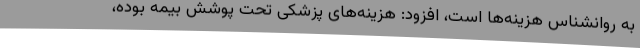
به روانشناس هزینه‌ها است، افزود: هزینه‌های پزشکی تحت پوشش بیمه بوده،